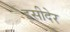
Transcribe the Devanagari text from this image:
इसीदेर